Civil Veterinary Department Bihar & Orissa reports 1911-21 - 1911-1921
Year: 1911
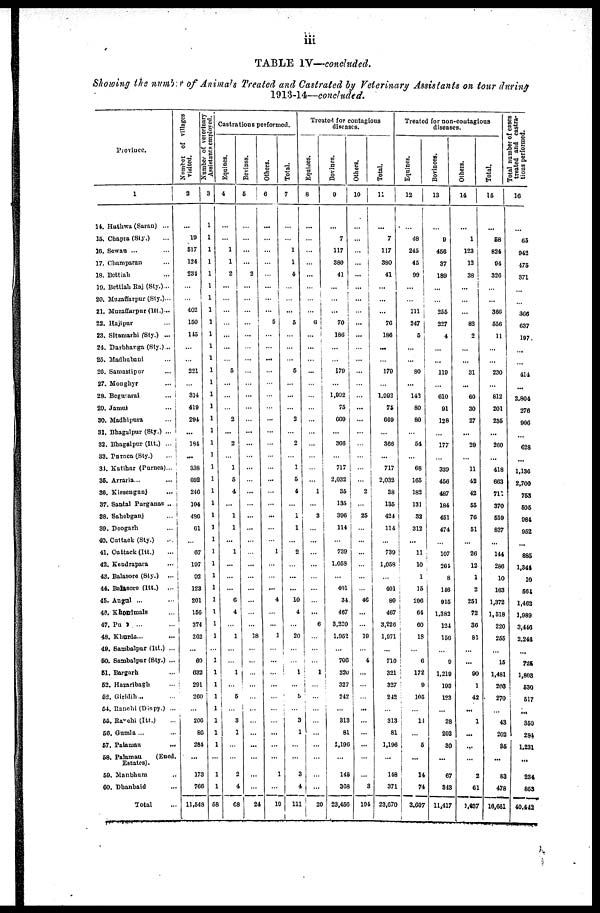
iii
TABLE IV—concluded.
Showing the number of Animals Treated and Castrated by Veterinary Assistants on tour during
1913-14—concluded.
Province.
1
14. Hathwa (Saran) ...
15. Chapra (Sty.) ...
16. Sewan ... ...
17. Champaran ...
18. Bettiah ...
19. Bettiah Raj (Sty.)...
20. Muzaffarpur (Sty.)...
21. Muzaffarpur (Itt.)...
22. Hajipur ...
23. Sitamarhi (Sty.) ...
2d. Darbhanga (Sty.)...
25. Madhubani ...
26. Samastipur ...
27. Monghyr ...
28. Begusarai ...
29. Jamut ...
30. Madhipura ...
31. Bhagalpur (Sty.) ...
32. Bhagalpur (Itt.) ...
33. Purnea (Sty.) ...
34. Katihar (Purnea) ...
35. Arraria... ...
36. Kissenganj ...
37. Santal Parganas ...
38. Sahebganj ...
39. Deogarh ...
40. Cuttack (Sty.) ...
41. Cuttack (Itt.) ...
42. Kendrapara ...
43. Balasore (Sty.) ...
44. Balasore (Itt.)
...
45. Angul ... ...
46. Khondmals ...
47. Puri ... ...
48. Kburda... ...
49. Sambalpur (Itt.) ...
50. Sambalpur (Sty.) ...
51. Bargarh ...
52. Hazaribagh ...
52. Giridih ... ...
54. Ranchi (Dispy.) ...
55. Ranchi (Itt.) ...
56. Gumla ... ...
57. Palamau
...
58. Palamau
(Ened.
Estates).
59. Manbhum ...
60. Dhanbaid ...
Total
Number of villages
visited.
2
19
517
124
231
...
...
402
150
145
...
...
221
...
314
419
291
...
181
...
338
692
246
104
496
61
...
67
197
92
123
201
156
374
262
...
60
632
291
260
...
20
8
284
...
178
766
11,648
Number of veterinary
Assistants employed.
3
...
...
...
...
...
...
...
...
...
...
...
...
...
...
...
...
...
...
...
...
...
...
...
...
...
...
...
...
...
...
...
...
...
...
1
...
...
1
...
...
...
1
...
1
1
58
Castrations performed.
Equines.
4
...
1
1
2
...
...
...
...
...
...
...
5
...
...
...
2
...
2
...
1
5
4
...
1
1
...
1
...
...
...
6
4
...
1
...
...
1
...
5
...
3
1
...
...
2
4
68
Bevinss.
5
...
...
...
2
...
...
...
...
...
...
...
...
...
...
...
...
...
...
...
...
...
...
...
...
...
...
...
...
...
...
...
...
...
18
...
...
...
...
...
...
...
...
...
...
...
...
24
Others.
6
...
...
...
...
...
...
...
5
...
...
...
...
...
...
...
...
...
...
...
...
...
...
...
...
...
...
1
...
...
...
4
...
...
1
...
...
...
...
...
...
...
...
...
...
1
...
10
Total.
7
...
1
1
4
...
...
...
5
...
...
...
5
...
...
...
2
...
2
...
1
5
4
...
1
1
...
2
...
...
...
10
4
...
20
...
...
1
...
5
...
3
1
...
...
3
4
111
Treated for contagious
diseases.
Equines.
8
...
...
...
...
...
...
...
6
...
...
...
...
...
...
...
...
...
...
...
...
...
1
...
3
...
...
...
...
...
...
...
...
6
...
...
...
1
...
...
...
...
...
...
...
...
...
20
Bovines.
9
7
117
380
41
...
...
...
70
186
...
...
179
...
1,992
75
669
...
366
...
717
2,032
35
135
396
114
...
739
1,058
...
401
34
467
3,220
1,952
...
700
320
327
242
...
313
81
1,196
...
148
308
23,450
Others.
10
...
...
...
...
...
...
...
...
...
...
...
...
...
...
...
...
...
...
...
...
...
...
2
...
25
...
...
...
...
...
...
46
...
...
19
...
4
...
...
...
...
...
...
...
...
...
3
194
Total.
11
7
117
380
41
...
...
...
70
180
...
179
...
1,992
75
669
...
366
...
717
2,032
38
135
424
114
...
739
1,058
...
401
80
467
3,226
1,071
...
710
321
327
242
...
313
81
1,196
...
148
371
23,070
Treated for non-contagious
diseases.
Equines.
12
48
245
45
99
...
...
111
247
5
...
...
80
...
142
80
80
...
54
...
68
165
182
131
32
312
...
11
10
1
15
206
64
60
18
...
6
172
9
105
...
14
...
5
...
14
74
3,607
Bovinces.
13
9
456
37
189
...
...
255
227
4
...
...
119
...
610
91
128
...
177
...
339
456
487
184
451
474
...
107
264
8
146
915
1,382
124
156
...
9
1,219
193
123
...
28
202
30
...
67
343
11,417
Others.
14
1
123
12
38
...
...
...
82
2
...
...
31
...
60
30
27
...
29
...
11
42
42
55
76
61
...
26
12
1
2
251
72
36
81
...
...
90
1
42
...
1
...
...
...
2
61
1,637
Total.
15
68
824
94
320
...
...
366
556
11
...
...
230
...
812
201
236
...
260
...
418
663
711
370
659
837
...
144
286
10
163
1,372
1,518
220
255
...
15
1,481
203
270
...
43
202
85
...
83
478
16,661
Total number of cases
treated and castra-
tions performed.
16
65
942
475
371
...
...
366
637
197
...
...
414
...
2,804
276
906
...
628
...
1,136
2,700
753
505
984
952
...
885
1,344
10
564
1,462
1,989
3,446
2,248
...
728
1,803
630
517
...
359
284
1,231
...
234
853
40,442